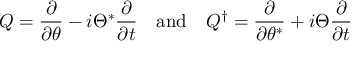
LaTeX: Q = { \frac { \partial } { \partial \theta } } - i \Theta ^ { * } { \frac { \partial } { \partial t } } \quad { \mathrm { a n d } } \quad Q ^ { \dagger } = { \frac { \partial } { \partial \theta ^ { * } } } + i \Theta { \frac { \partial } { \partial t } }